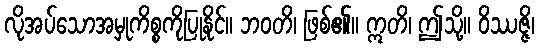
လိုအပ်သောအမှုကိစ္စကိုပြုနိုင်။ ဘဝတိ၊ ဖြစ်၏။ ဣတိ၊ ဤသို့။ ဝိဿဇ္ဇိ၊